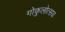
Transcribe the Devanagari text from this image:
गोकुलोत्सव